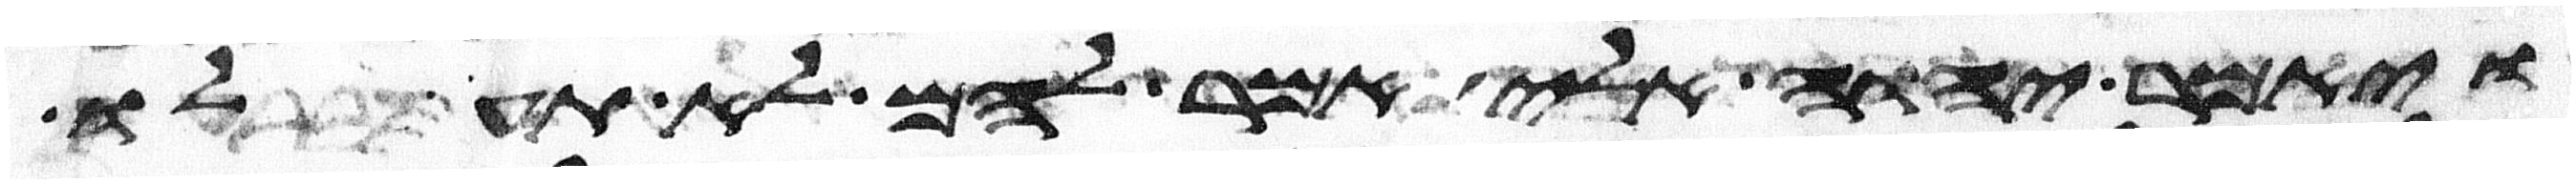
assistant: ויאמר יהוה אלי אמר להם לא תעלו